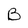
Character: B